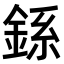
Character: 𫒠